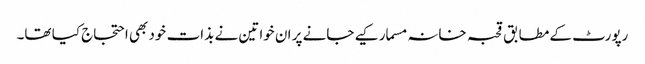
رپورٹ کے مطابق قحبہ خانہ مسمار کیے جانے پر ان خواتین نے بذات خود بھی احتجاج کیا تھا۔